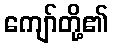
ကျော်တို့၏